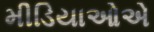
મીડિયાઓએ